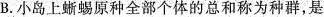
B. 小岛上蜥蜴原种全部个体的总和称为种群，是